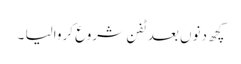
کچھ دنوں بعد ٹفن شروع کروالیا ۔